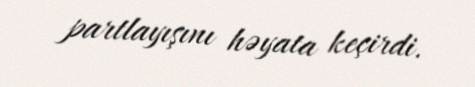
partlayışını həyata keçirdi.